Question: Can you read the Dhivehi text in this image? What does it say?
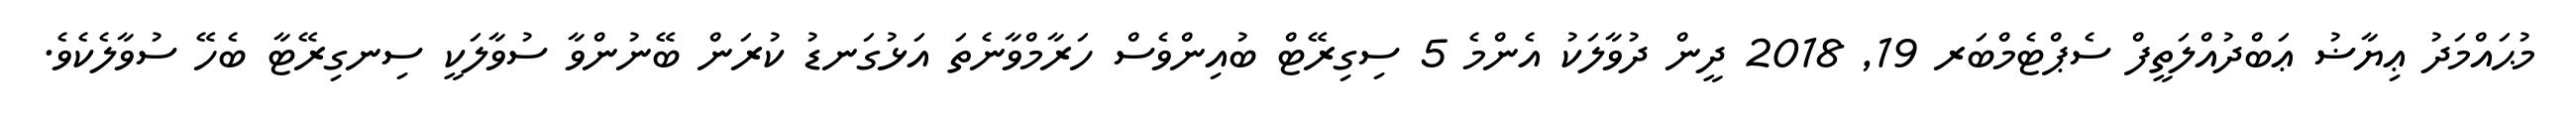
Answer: މުޙައްމަދު ޢިޔާޟު ޢަބްދުއްލަތީފް ސެޕްޓެމްބަރ 19, 2018 ދީން ދުވާލަކު އެންމެ 5 ސިގިރޭޓް ބުއިންވެސް ހަރާމްވާނެތަ އަޅުގަނޑު ކުރަން ބޭނުންވާ ސުވާލަކީ ސިނގިރޭޓާ ބެހޭ ސުވާލެކެވެ.